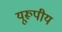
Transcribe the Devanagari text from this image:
यूरूपीय